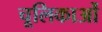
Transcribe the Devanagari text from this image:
चूलिकाओं